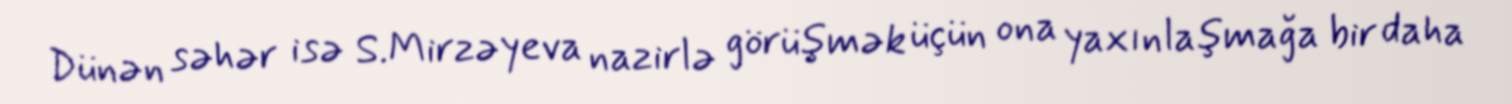
Dünən səhər isə S.Mirzəyeva nazirlə görüşmək üçün ona yaxınlaşmağa bir daha